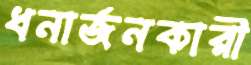
ধনার্জনকারী